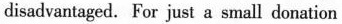
disadvantaged. For just a small donation